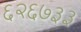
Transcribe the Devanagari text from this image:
६२६७३३